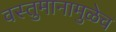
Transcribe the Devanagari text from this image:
वस्तुमानामुळेच